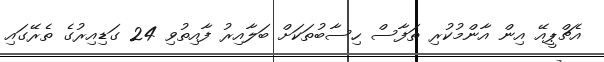
އެޗްޕީއޭ އިން އާންމުކުރި ތަފާސް ހިސާބުތަކަށް ބަލާއިރު ފާއިތުވި 24 ގަޑިއިރުގެ ތެރޭގައި